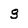
Character: g